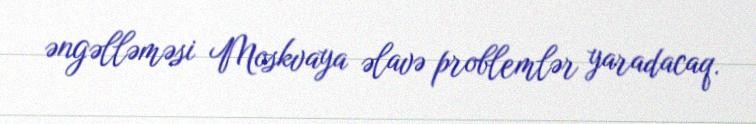
əngəlləməsi Moskvaya əlavə problemlər yaradacaq.